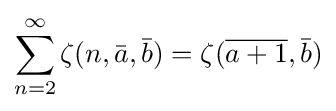
\sum _{n=2}^{\infty }\zeta (n,{\bar {a}},{\bar {b}})=\zeta ({\overline {a+1}},{\bar {b}})